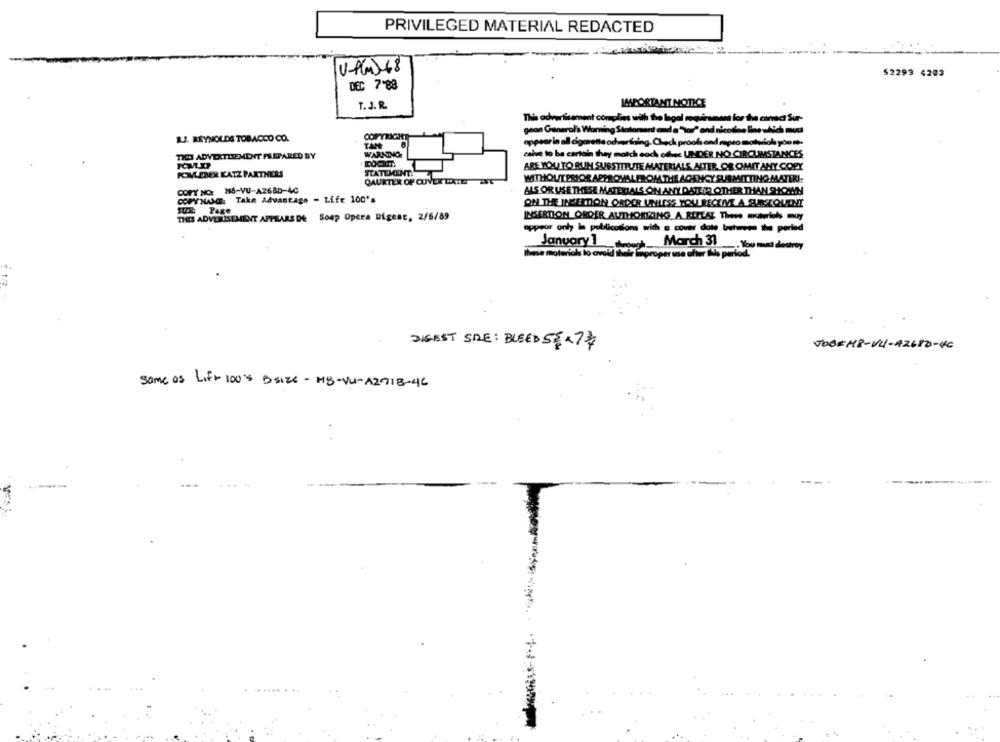
PRIVILEGED MATERIAL REDACTED
V-P(m)-68
52293 4203
DEC 7 88
IMPORTANT NOTICE
T. J.R.
This advertisement complies with the legal requirement for the caract Sur-
geon General's Warning Statement and a "tar/" and nicodas line which mud
AJ. REYNOLDS TOBACCO CO.
appear in all cigarette advertising. Chech proofs ond rapso motwrich you nt-
TAM
THE ADVERTLEMENT PREPARED BY
WARNING:
calve to be certain they match cod offer UNDER NO CIRCUMSTANCES
ARE YOU TO RUN SUBSTITUTE MATERIALS. ALTER. OR OMIT AMY COPY
POKLEBER KATZ PARTNERS
STATEMENT:
WITHOUTPRIOR APPROVAL FROM THE AGENCY SUBMITTING MATERI-
QAURTER OF COVER DATE ZET
COPY NO: 168-VU-A26&D-4C
ALS OR USE THESE MATERIALS ON ANY DATEI OTHER THAN SHOWN
COPY NAME: Take Advantage - Life 100's
ON THE INSERTION ORDER UNLESS YOU RECEIVE A SUBSEQUENT
Stk Page
THIS ADVERTISEMENT APPEARS DE Soap Opera Digest, 2/6/89
INSERTION ORDER AUTHORIZING ARELLA Then moich woy
appear only in publicotions with a covas dote between the period
theme motorick lo avok
January1 March 31. You and destroy
rose ofter Nis period.
DIGEST SIDE: BUSED 5$ x7/
JOBKH8 - VL- 42680-4C
same os Lift 100's Bsize - MB - VU - A2713- 46
..